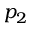
p _ { 2 }